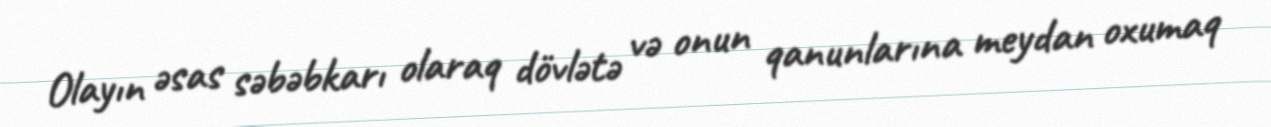
Olayın əsas səbəbkarı olaraq dövlətə və onun qanunlarına meydan oxumaq